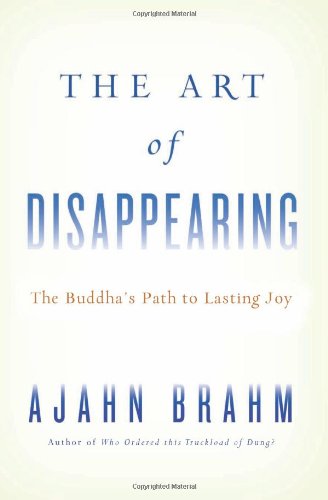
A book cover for The Art of Disappearing: Buddha's Path to Lasting Joy; Ajahn Brahm; Religion & Spirituality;